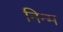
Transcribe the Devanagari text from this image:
निन्‍म